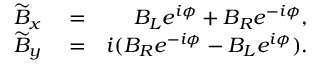
\begin{array} { r l r } { \widetilde { B } _ { x } } & { { } = } & { B _ { L } e ^ { i \phi } + B _ { R } e ^ { - i \phi } , } \\ { \widetilde { B } _ { y } } & { { } = } & { i ( B _ { R } e ^ { - i \phi } - B _ { L } e ^ { i \phi } ) . } \end{array}